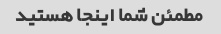
مطمئن شما اینجا هستید